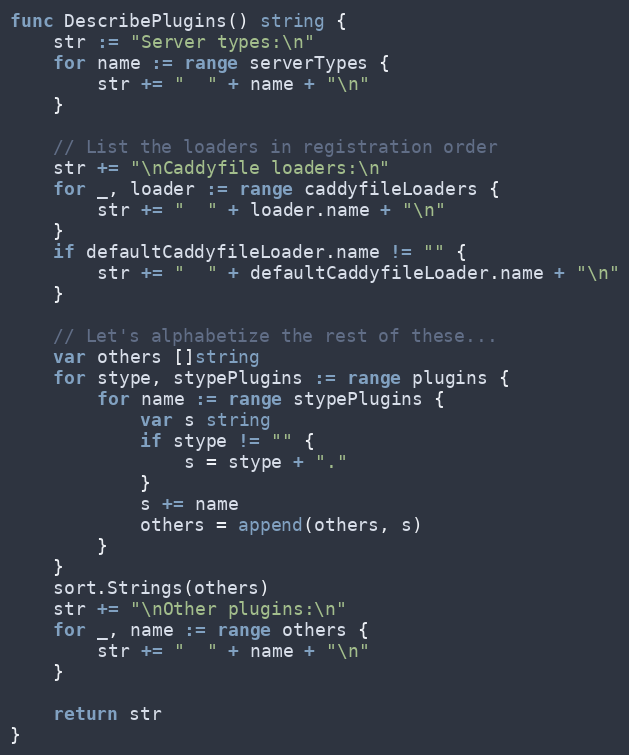
Language: Go
func DescribePlugins() string {
	str := "Server types:\n"
	for name := range serverTypes {
		str += "  " + name + "\n"
	}

	// List the loaders in registration order
	str += "\nCaddyfile loaders:\n"
	for _, loader := range caddyfileLoaders {
		str += "  " + loader.name + "\n"
	}
	if defaultCaddyfileLoader.name != "" {
		str += "  " + defaultCaddyfileLoader.name + "\n"
	}

	// Let's alphabetize the rest of these...
	var others []string
	for stype, stypePlugins := range plugins {
		for name := range stypePlugins {
			var s string
			if stype != "" {
				s = stype + "."
			}
			s += name
			others = append(others, s)
		}
	}
	sort.Strings(others)
	str += "\nOther plugins:\n"
	for _, name := range others {
		str += "  " + name + "\n"
	}

	return str
}